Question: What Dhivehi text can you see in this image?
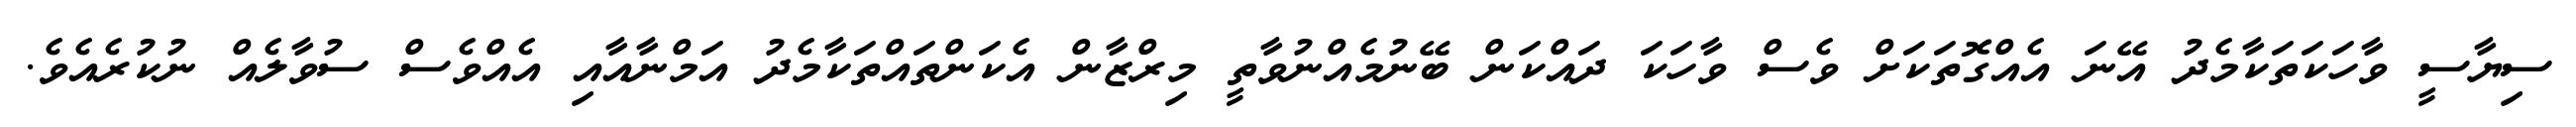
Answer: ސިޔާސީ ވާހަކަތަކާމެދު އޭނަ އެއްގޮތަކަށް ވެސް ވާހަކަ ދައްކަން ބޭނުމެއްނުވާތީ މިރްޒާން އެކަންތައްތަކާމެދު އަމްނާއާއި އެއްވެސް ސުވާލެއް ނުކުރެއެވެ.